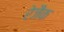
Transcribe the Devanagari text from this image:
रेजैक